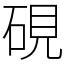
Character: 硯